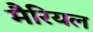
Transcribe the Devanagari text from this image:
मैरियल